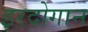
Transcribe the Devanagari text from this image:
इरदोगान